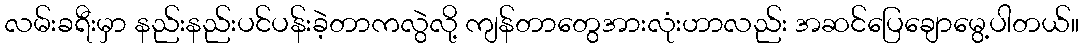
လမ်းခရီးမှာ နည်းနည်းပင်ပန်းခဲ့တာကလွဲလို့ ကျန်တာတွေအားလုံးဟာလည်း အဆင်ပြေချောမွေ့ပါတယ်။